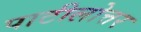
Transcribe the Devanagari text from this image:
पाटीलोत्तर